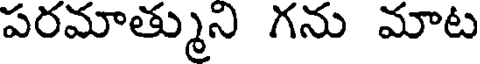
పరమాత్ముని గను మాట